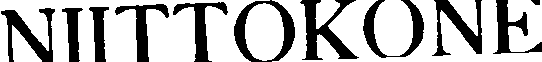
NITTOKONE